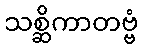
သစ္ဆိကာတဗ္ဗံ